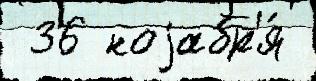
 36 ноjабр'я́